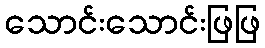
သောင်းသောင်းဖြဖြ